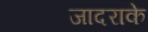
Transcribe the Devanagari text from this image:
जादराके